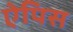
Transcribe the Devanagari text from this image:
ऐपिस